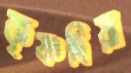
কৃষ্ণদিয়া